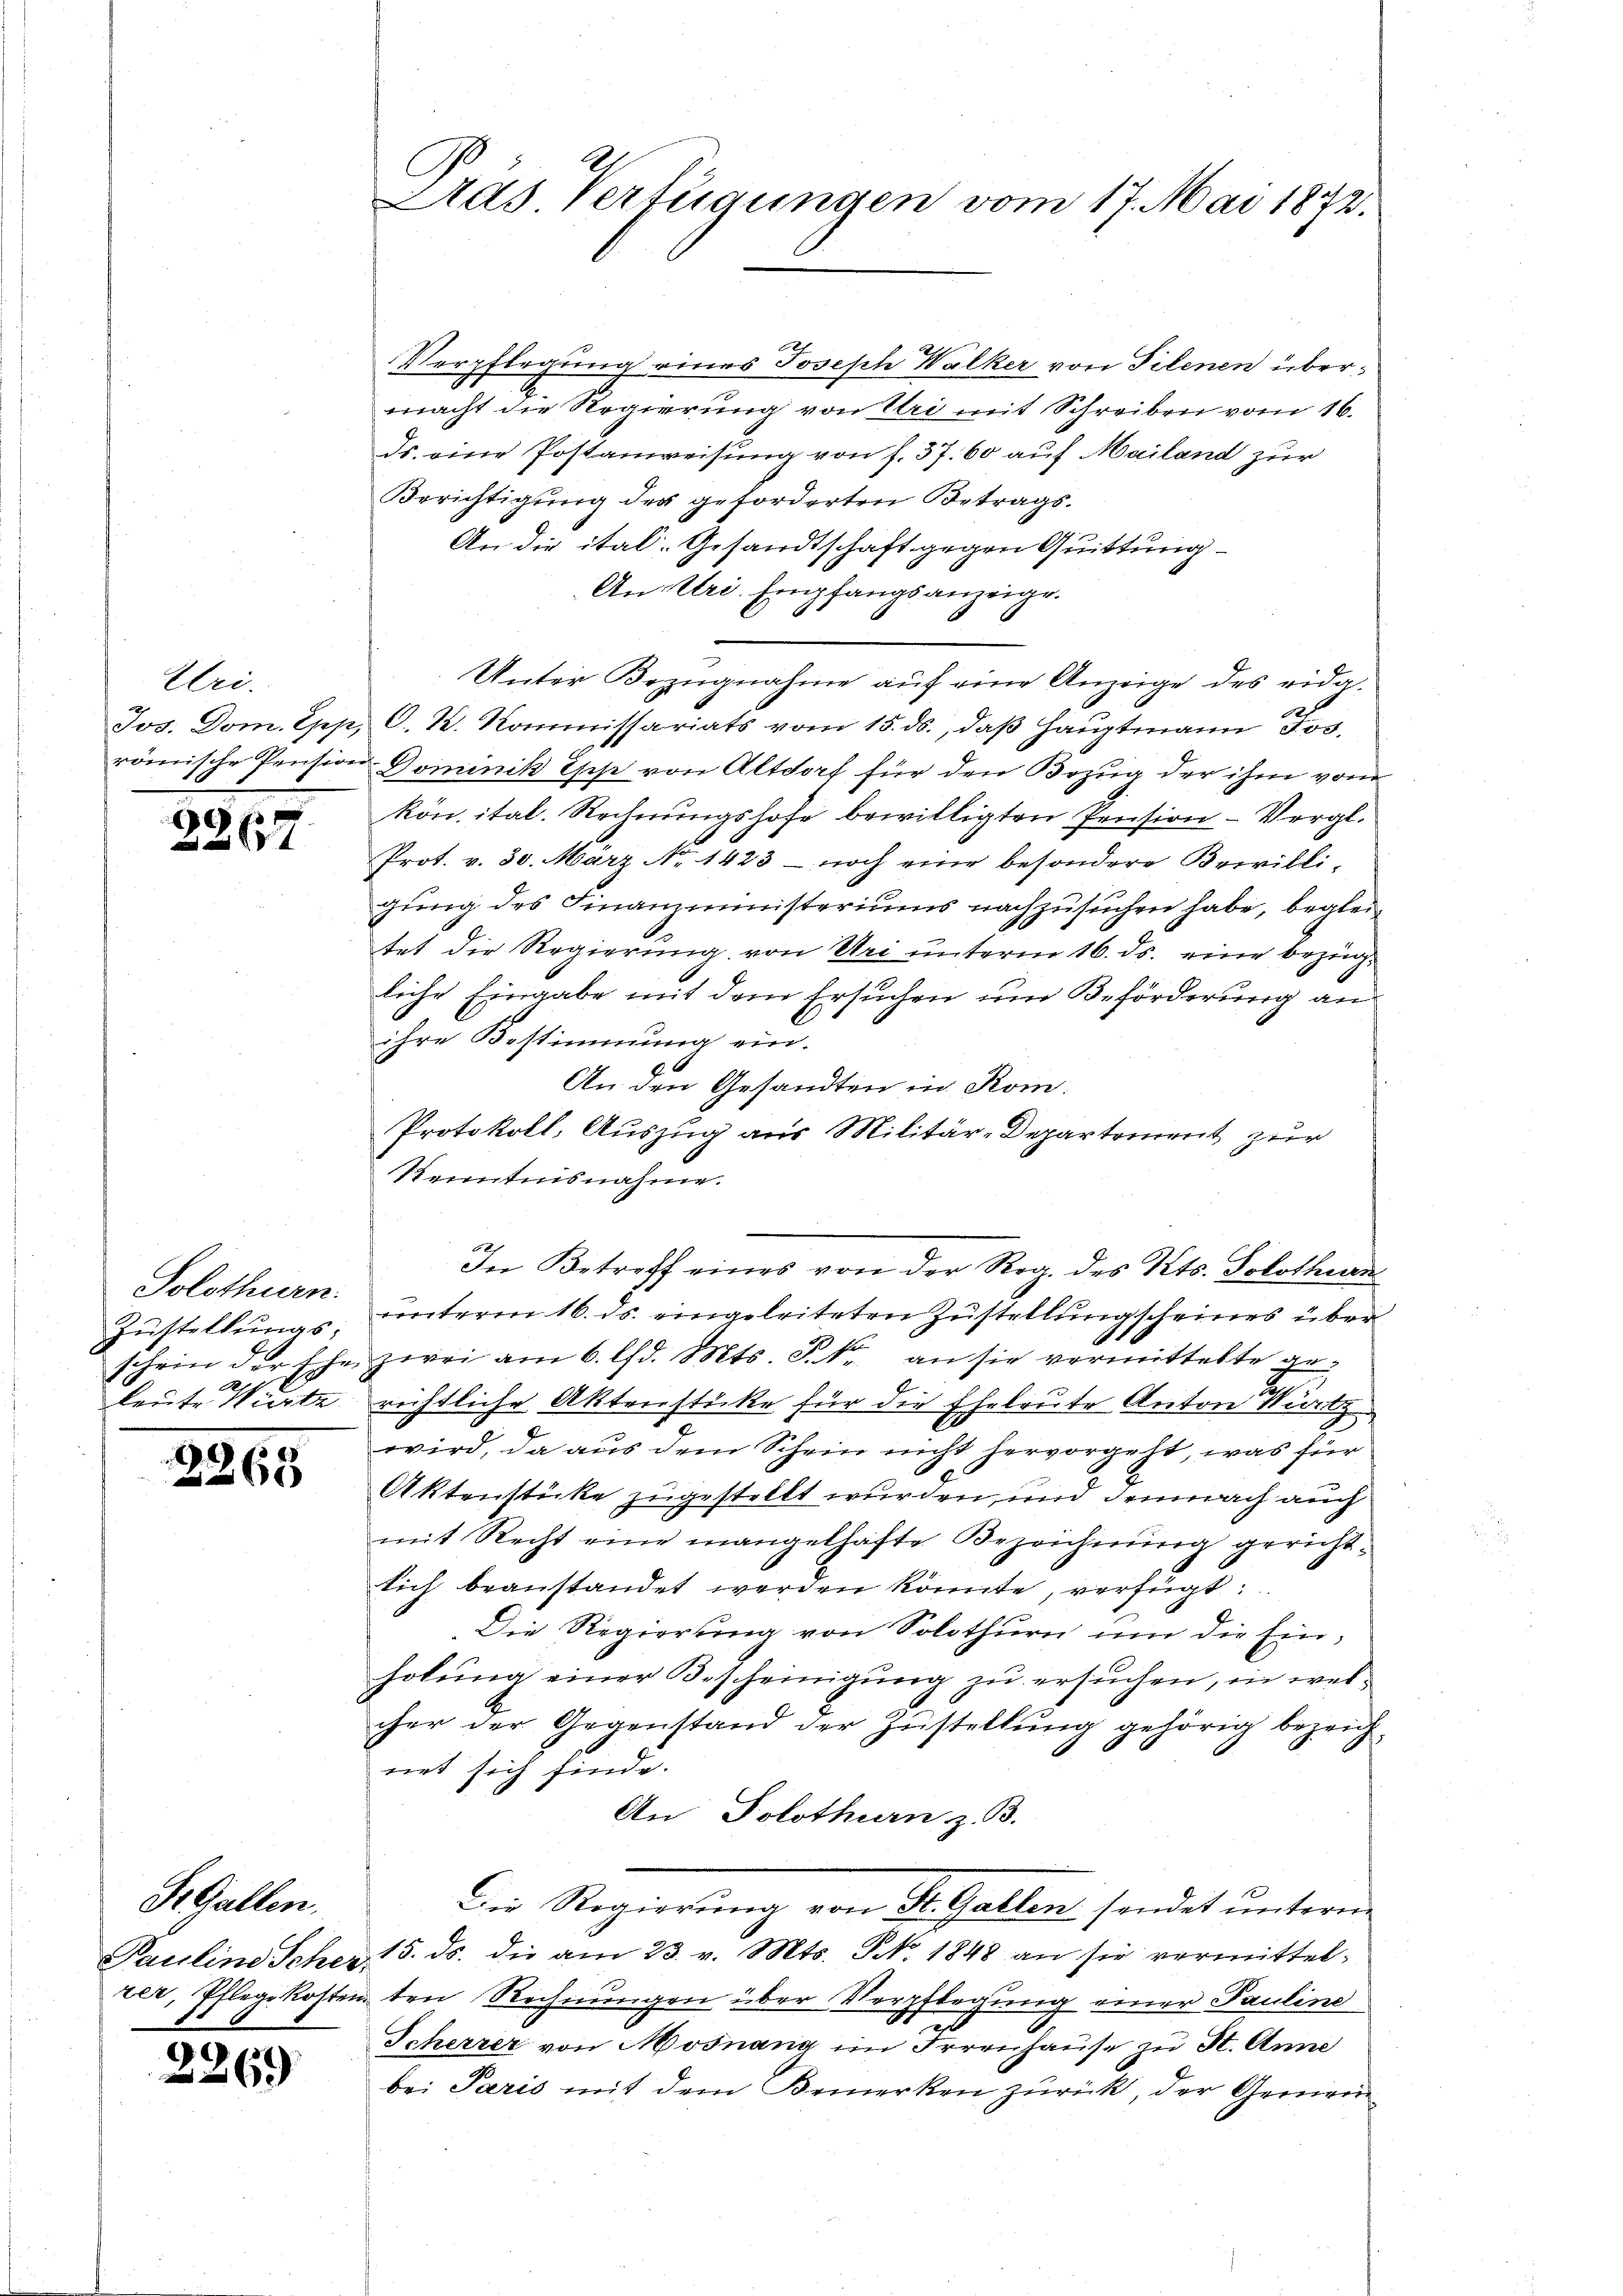
Uri.
Jos. Dom. Epp,
römische Pension

3267

Solothurn.
Zustellungs-
schein der Ehe,
leute Würte

2265

S. Gallen.
Pauline Scher
i

1269)

Ads. Verfügungen vom 17. Mai 1872.

Verpflegung eines Joseph Walker von Filenen übermacht die Regierung von Uri mit Schreiben vom 16.
ds. eine Postanweisung von f. 37. 60 auf Mailand zur
Berichtigung des geforderten Betrags¬
An die ital. Gesandtschaft gegen Quittung
An Uri. Empfangsanzeige.
Unter Bezugnahme auf eine Anzeige des eidg¬
.
G. k. Kommissariats vom 15. ds., daß Hauptmann Jos.
 Dominik Esche von Altdorf für den Bezug der ihm vom
kön. ital. Rechnŭngshofe bewilligten Pension- Vergl.
Prot. v. 30. März No 1423 – noch eine besondere Bewilligung des Finanzministeriums nachzusuchen habe, begleitet die Regierung von Uri unterm 16. ds. eine bezügliche Eingabe mit dem Ersuchen um Beförderung an
ihre Bestimmung ein.
An den Gesandten in Rom.
Protokoll, Auszug aus Militär-Departement zur
Kenntnisnahme.
In Betreff eines von der Reg. des Kts. Solothurn
unterm 16. ds. eingeleiteten Zustellung scheines über
zwei am 6. d. Mts. S. kr an sie vermittelte gerichtliche Aktenstücke für die Eheleute Anton Würtz
wird, da aus dem Schein nicht hervorgeht, was für
Aktenstücke zugestellt wurden, und demnach auch
mit Recht eine mangelhafte Bezeichnung gerichtsich beanstandet werden könnte, verfügt:
Die Regierung von Solothurn um die Einholung einer Bescheinigung zu ersuchen, in welcher der Gegenstand der Zustellung gehörig bezeich-
net sich finde.
An Solothurn z. B.
Die Regierung von St. Gallen sendet unterm
15. ds. die am 23. v. Mts. N. 1848 an sie vermittel-
rer, Pflegekosten den Rechnungen über Verpflegung einer Pauline
Scherzer von Mosnang im Irrenhause zu St. Anne
bei Paris mit dem Bemerken zŭrück, der Gemein